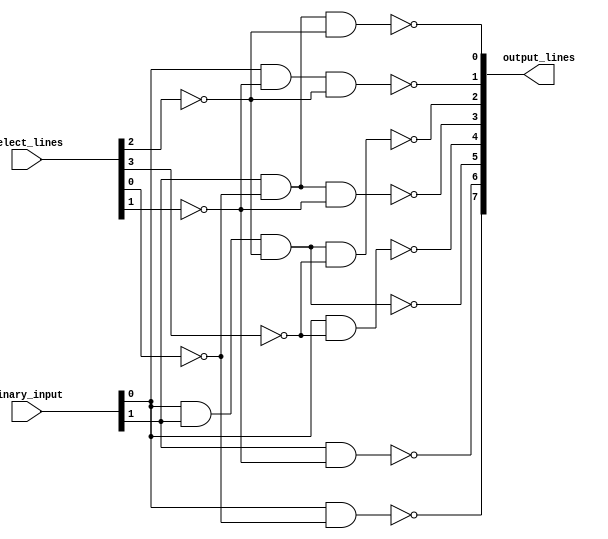
module BinaryDecoder (
  input [1:0] binary_input,
  input [3:0] select_lines,
  output [7:0] output_lines
);

  assign output_lines = {
    ~(binary_input[0] & ~select_lines[0]),
    ~(binary_input[1] & ~select_lines[1]),
    ~(binary_input[0] & binary_input[1] & ~select_lines[2]),
    ~(binary_input[0] & ~select_lines[3]),
    ~(binary_input[1] & ~select_lines[0] & ~select_lines[1]),
    ~(binary_input[0] & binary_input[1] & ~select_lines[2] & ~select_lines[3]),
    ~(binary_input[0] & ~select_lines[1] & ~select_lines[2]),
    ~(binary_input[1] & ~select_lines[0] & ~select_lines[2])
  };

endmodule